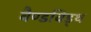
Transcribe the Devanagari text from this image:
बैण्डविड्थ